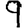
Digit: 9